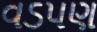
વડપણ